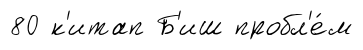
80 к'итап Б'иш пробл'е́м